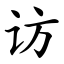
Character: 访